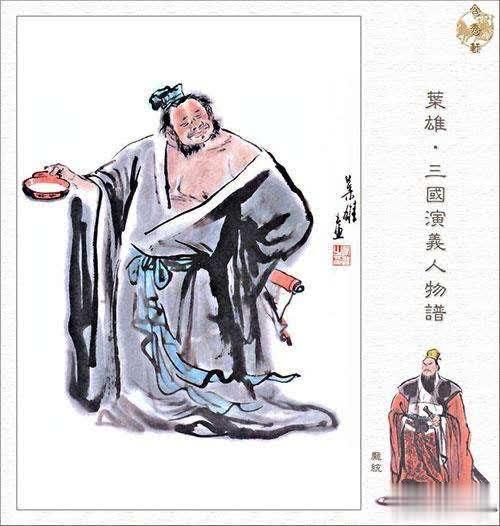
谏争辅拂之人，社稷之臣也，国君之宝也，明君之所尊厚也